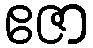
ဧဇာ